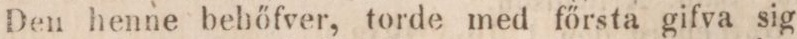
Den henne behőfver, torde med főrsta gifva sig